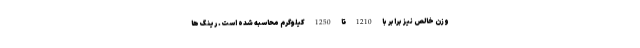
وزن خالص نیز برابر با 1210 تا 1250 کیلوگرم محاسبه شده است. رینگ ها